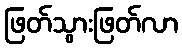
ဖြတ်သွားဖြတ်လာ